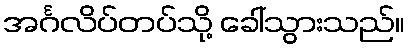
အင်္ဂလိပ်တပ်သို့ ခေါ်သွားသည်။